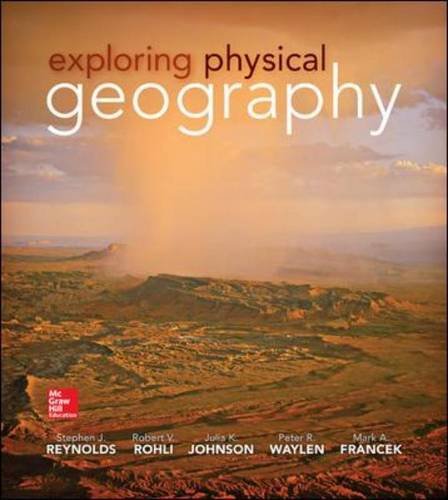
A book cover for Exploring Physical Geography; Stephen Reynolds; Science & Math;